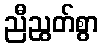
ညီညွတ်စွာ